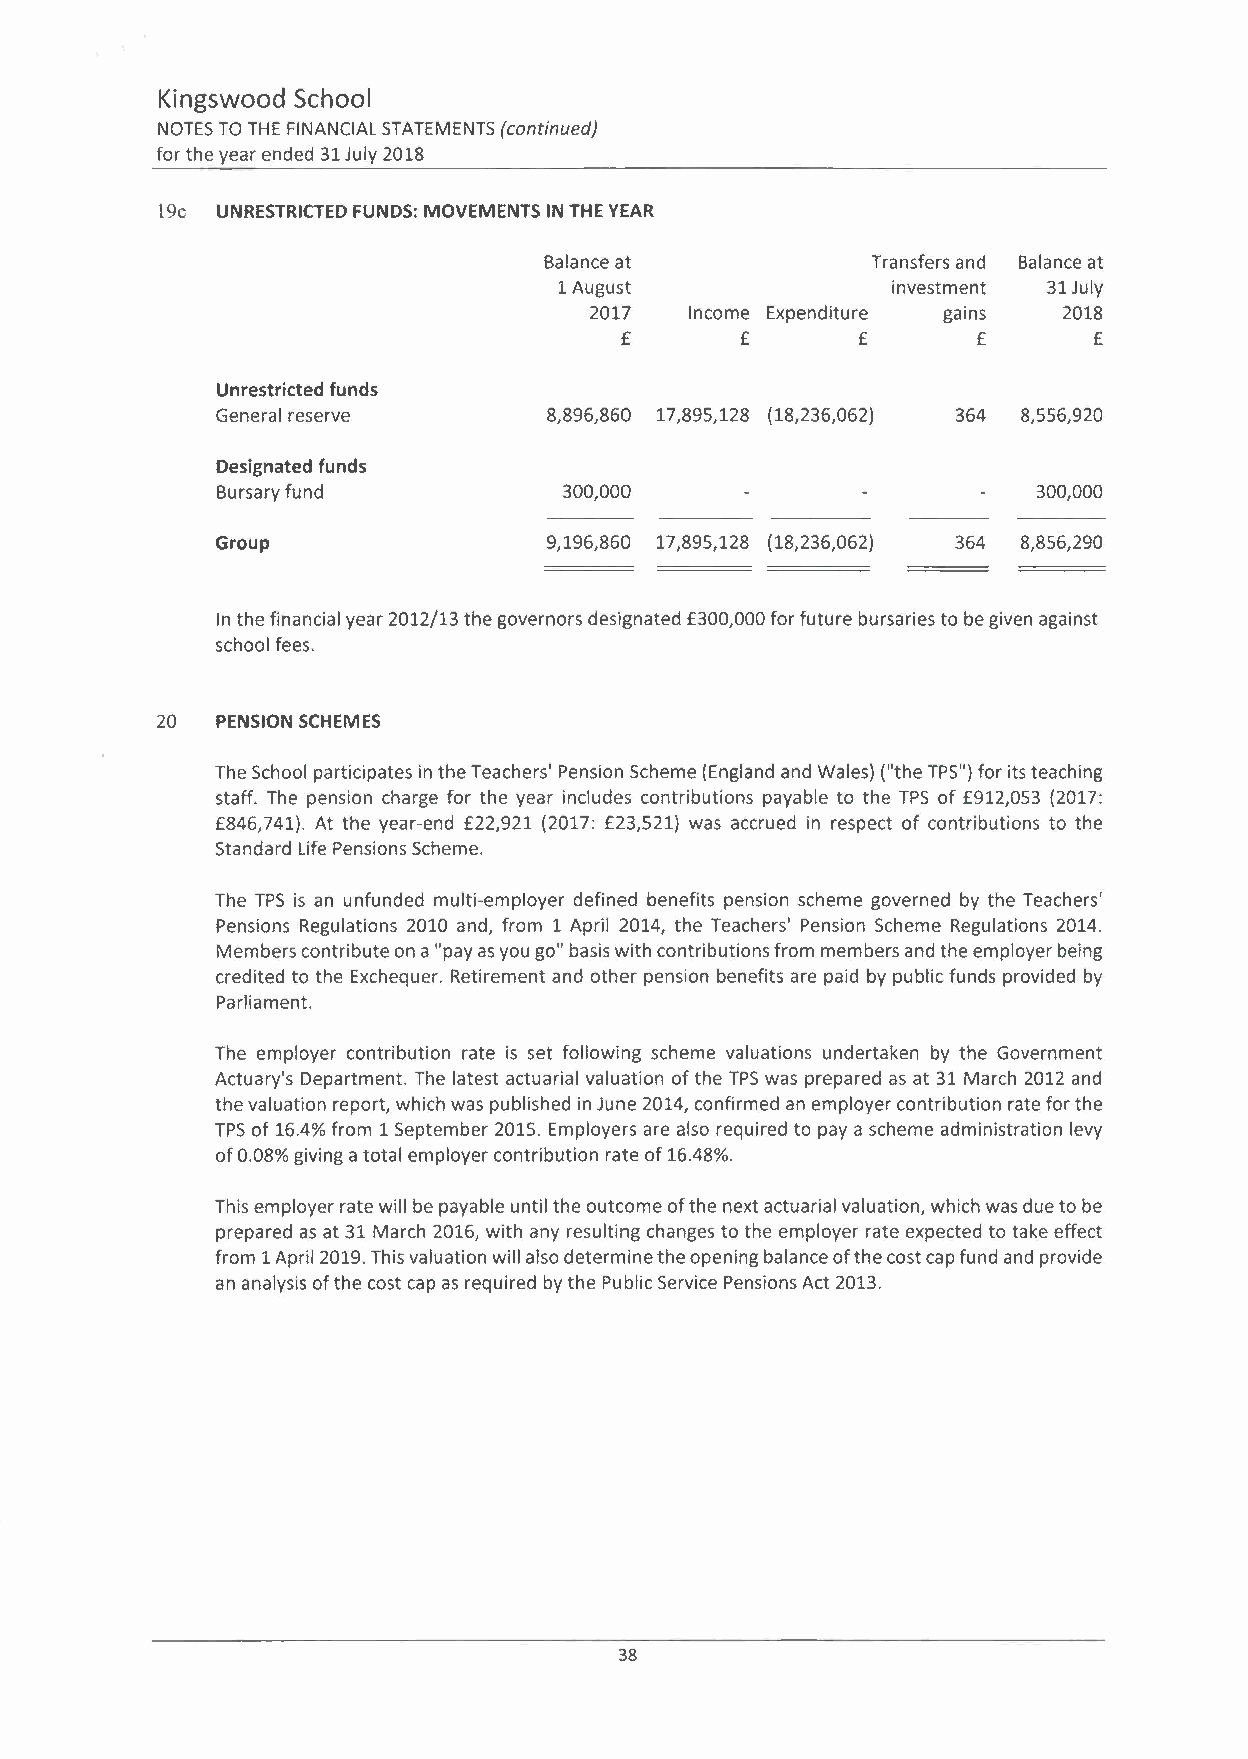
Kingswood School
 NOTES TO THE FINANCIALS TATEMENTS (continued)
 for the year ended 31 July 2018
 19c UNRESTRICTED FUNDS: MOVEMENTS IN THE YEAR
 Balance at            Transfers and Balance at
 1 August              investment 31 July
 2017   Income Expenditure gains 2018
 £       £       £       £      £
 Unrestricted funds
 General reserve       8,896,860 17,895,128 (18,236,062) 364 8,556,920
 Designated funds
 Bursary fund           300,000                         300,000
 Group                 9,196,860 17,895,128 (18,236,062) 364 8,856,290
 In the financial year 2012/13 the governors designated £300,000 for future bursaries to be given against
 school fees.
 20  PENSION SCHEMES
 The School participates in the Teachers' Pension Scheme (England and Wales) (lithe TPS") for its teaching
 staff. The pension charge for the year includes contributions payable to the TPS of £912,053 (2017:
 £846,741). At the year-end £22,921 (2017: £23,521) was accrued in respect of contributions to the
 Standard Life Pensions Scheme.
 The TPS is an unfunded multi-employer defined benefits pension scheme governed by the Teachers'
 Pensions Regulations 2010 and, from 1 April 2014, the Teachers' Pension Scheme Regulations 2014.
 Members contribute on a "pay as you go" basis with contributions from members and the employer being
 credited to the Exchequer. Retirement and other pension benefits are paid by public funds provided by
 Parliament.
 The employer contribution rate is set following scheme valuations undertaken by the Government
 Actuary's Department. The latest actuarial valuation of the TPS was prepared as at 31 March 2012 and
 the valuation report, which was published in June 2014, confirmed an employer contribution rate for the
 TPS of 16.4% from 1 September 2015. Employers are also required to pay a scheme administration levy
 of 0.08% giving a total employer contribution rate of 16.48%.
 This employer rate will be payable until the outcome of the next actuarial valuation, which was due to be
 prepared as at 31 March 2016, with any resulting changes to the employer rate expected to take effect
 from 1 April 2019. This valuation will also determine the opening balance of the cost cap fund and provide
 an analysis of the cost cap as required by the Public Service Pensions Act 2013.
 38